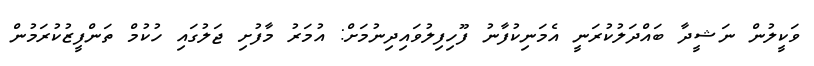
ވަކީލުން ނަޝީދާ ބައްދަލުކުރަނީ އެމަނިކުފާނު ފޫހިފިލުވައިދިނުމަށް: އުމަރު މާފުށި ޖަލުގައި ހުކުމް ތަންފީޒުކުރަމުން